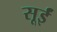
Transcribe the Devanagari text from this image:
सूईं